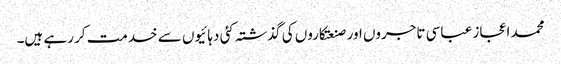
محمد اعجاز عباسی تاجروں اور صنعتکاروں کی گذشتہ کئی دہائیوں سے خدمت کر رہے ہیں۔